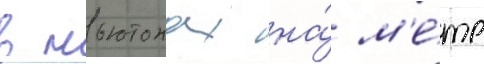
в ньютонах на́ м'е́тр